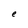
Character: e